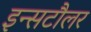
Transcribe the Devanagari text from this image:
इन्सटौलर